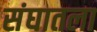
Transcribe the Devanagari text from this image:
संघातला